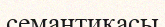
семантикасы